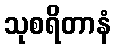
သုစရိတာနံ